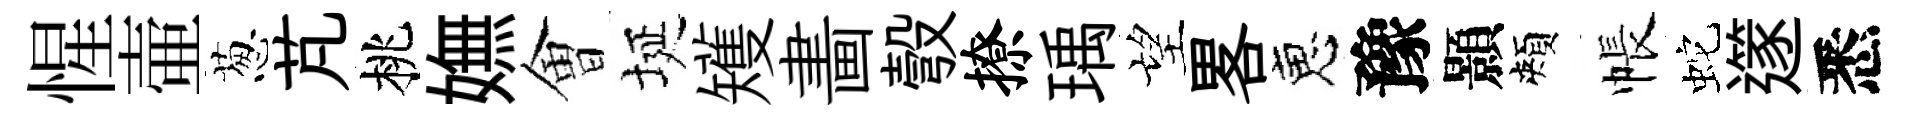
惺壷葱芃桃嫵㑹埏矱畵彀撩瑀望畧恵豫顥頰帳蛇𨗹悉